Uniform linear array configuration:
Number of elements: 4
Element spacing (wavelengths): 1
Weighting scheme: cosine
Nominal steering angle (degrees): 60
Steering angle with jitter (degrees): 59.622
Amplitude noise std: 0.05
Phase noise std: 0.05

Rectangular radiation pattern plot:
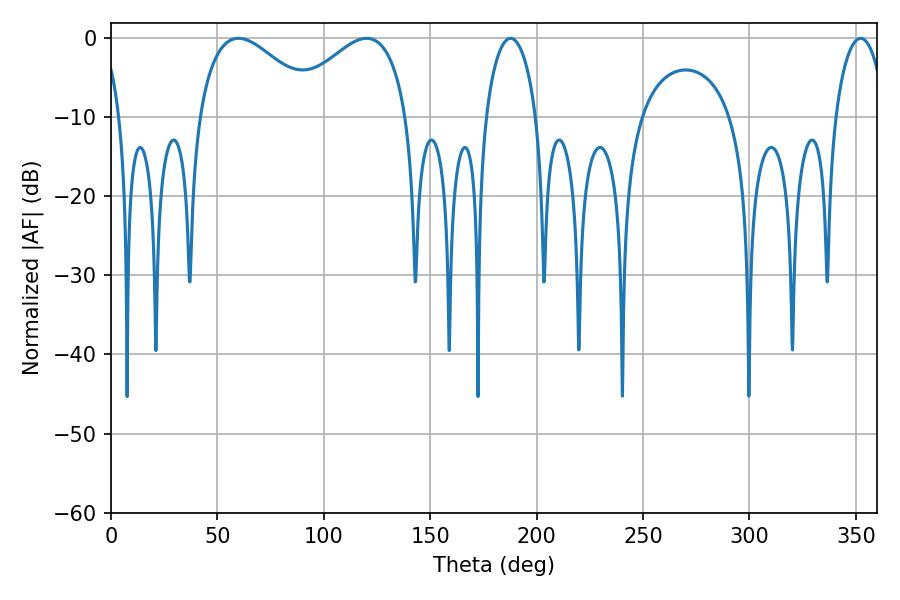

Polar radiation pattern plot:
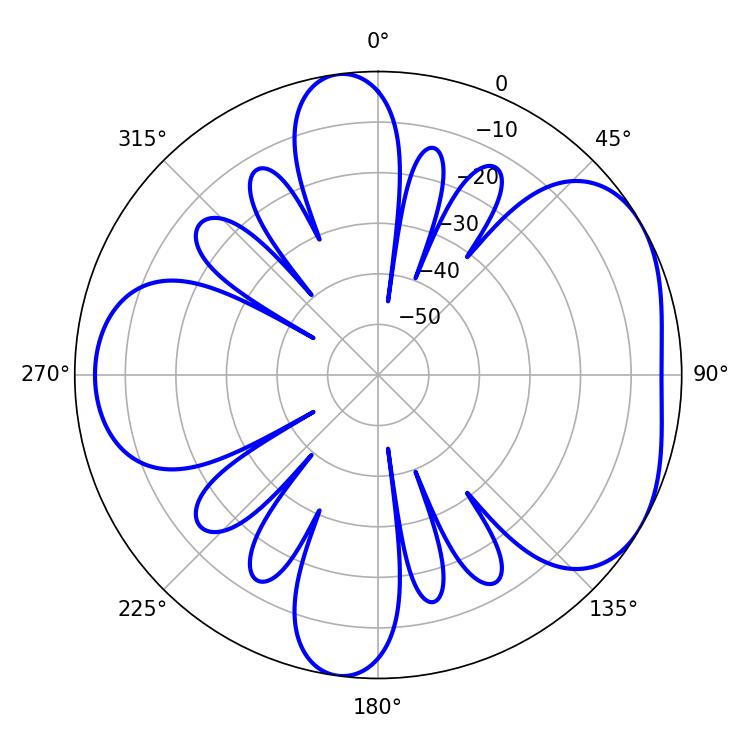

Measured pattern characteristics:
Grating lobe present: TRUE
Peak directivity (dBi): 4.672
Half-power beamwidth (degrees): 13.5
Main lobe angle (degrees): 352.26